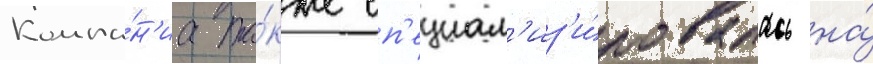
Компа́н'иа та́кже сп'ециал'из'и́ровалась на́